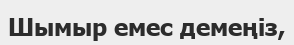
Шымыр емес демеңіз,